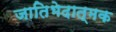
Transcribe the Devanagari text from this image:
जातिभेदात्मक